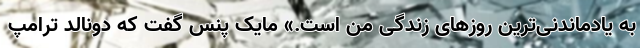
به یادماندنی‌ترین روزهای زندگی من است.» مایک پنس گفت که دونالد ترامپ